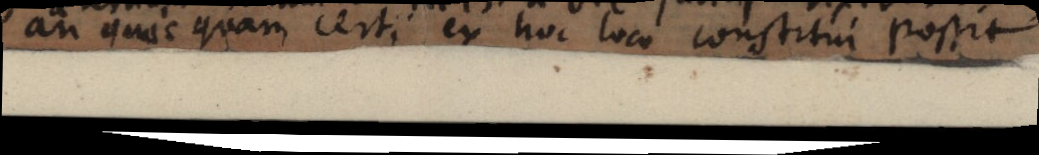
an quicquam certi ex hoc loco constitui possit